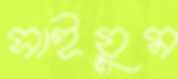
সাইয়ুম